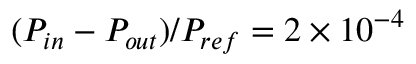
( P _ { i n } - P _ { o u t } ) / P _ { r e f } = 2 \times 1 0 ^ { - 4 }